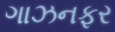
ગાઝનફર